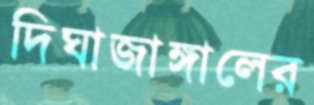
দিঘাজাঙ্গালের